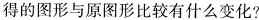
得的图形与原图形比较有什么变化?